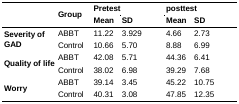
| <ROWSPAN=2>  | <ROWSPAN=2> Group | <COLSPAN=2> Pretest | <COLSPAN=2> posttest |
 | Mean | SD | Mean | SD |
 | --- | --- | --- | --- | --- | --- |
 | <ROWSPAN=2> Severity of GAD | ABBT | 11.22 | 3.929 | 4.66 | 2.73 |
 | Control | 10.66 | 5.70 | 8.88 | 6.99 |
 | <ROWSPAN=2> Quality of life | ABBT | 42.08 | 5.71 | 44.36 | 6.41 |
 | Control | 38.02 | 6.98 | 39.29 | 7.68 |
 | <ROWSPAN=2> Worry | ABBT | 39.14 | 3.45 | 45.22 | 10.75 |
 | Control | 40.31 | 3.08 | 47.85 | 12.35 |